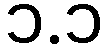
၁.၁